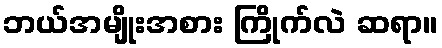
ဘယ်အမျိုးအစား ကြိုက်လဲ ဆရာ။